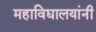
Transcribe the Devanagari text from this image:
महाविद्यालयांनी